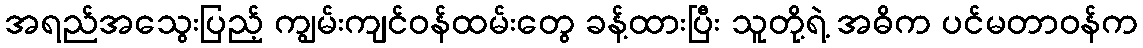
အရည်အသွေးပြည့် ကျွမ်းကျင်ဝန်ထမ်းတွေ ခန့်ထားပြီး သူတို့ရဲ့ အဓိက ပင်မတာဝန်က